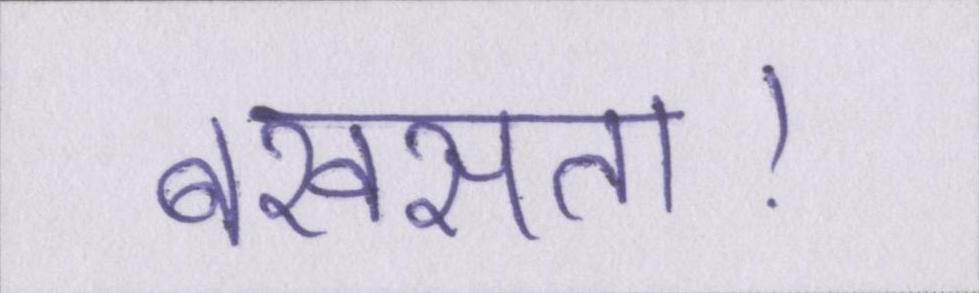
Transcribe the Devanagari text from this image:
बखसता।